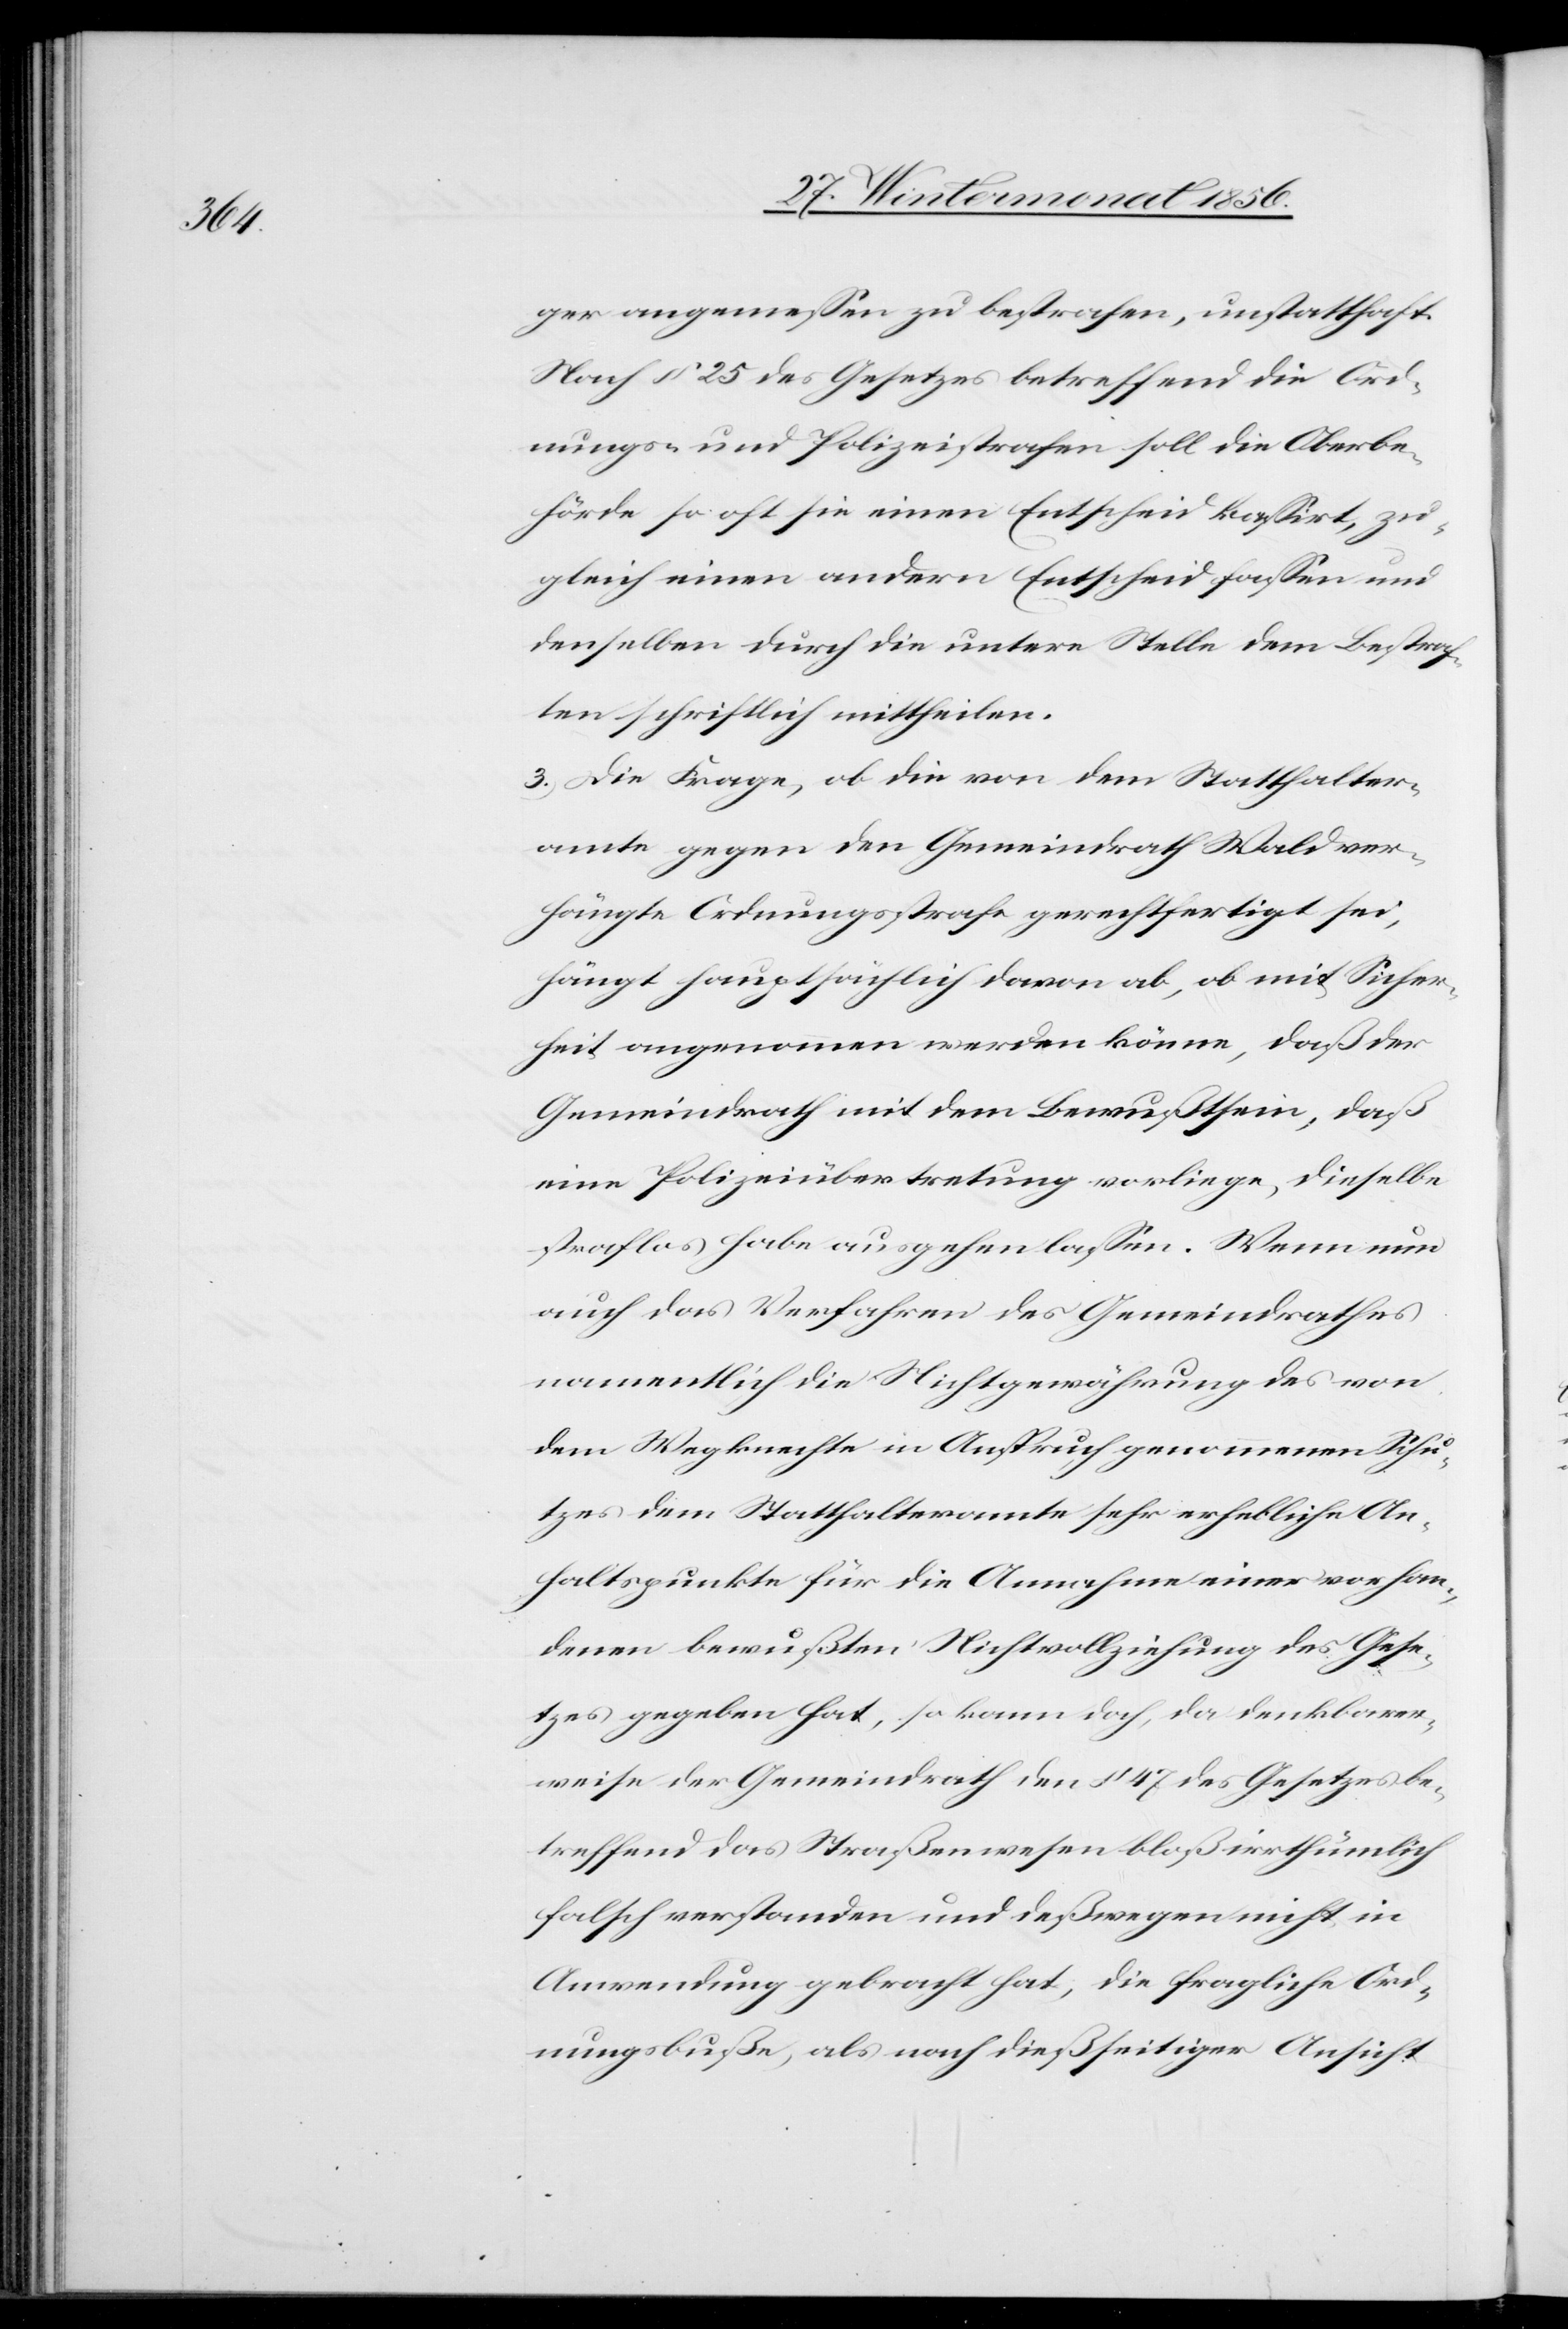
ger angemessen zu bestrafen, unstatthaft.
Nach § 25 des Gesetzes betreffend die Ord¬
nungs- und Polizeistrafen soll die Oberbe¬
hörde so oft sie einen Entscheid kassirt, zu¬
gleich einen andern Entscheid fassen und
denselben durch die untere Stelle dem Bestraf¬
ten schriftlich mittheilen.
3.) Die Frage, ob die von dem Statthalter¬
amte gegen den Gemeindrath Wald ver¬
hängte Ordnungsstrafe gerechtfertigt sei,
hängt hauptsächlich davon ab, ob mit Sicher¬
heit angenommen werden könne, daß der
Gemeindrath mit dem Bewußtsein, daß
eine Polizeiübertretung vorliege, dieselbe
straflos habe ausgehen lassen. Wenn nun
auch das Verfahren des Gemeindrathes
namentlich die Nichtgewährung des von
dem Wegknechte in Anspruch genommenen Schu¬
tzes dem Statthalteramte sehr erhebliche An¬
haltspunkte für die Annahme einer vorhan¬
denen bewußten Nichtvollziehung des Gese¬
tzes gegeben hat, so kann doch, da denkbarer¬
weise der Gemeindrath den § 47 des Gesetzes be¬
treffend das Straßenwesen bloß irrthümlich
falsch verstanden und deßwegen nicht in
Anwendung gebracht hat, die fragliche Ord¬
nungsbuße, als nach dießseitiger Ansicht